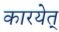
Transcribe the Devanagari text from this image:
कारयेत्‌